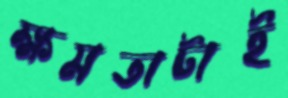
ক্ষমতাটাই